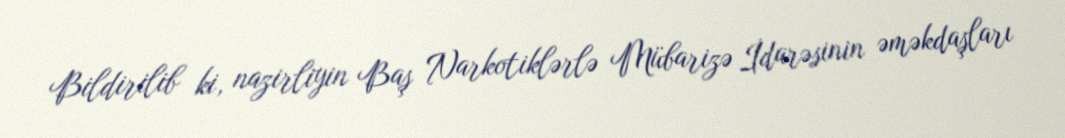
Bildirilib ki, nazirliyin Baş Narkotiklərlə Mübarizə İdarəsinin əməkdaşları